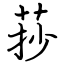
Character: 莏